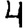
Digit: 4